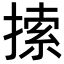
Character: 𢱢